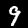
Label: 9